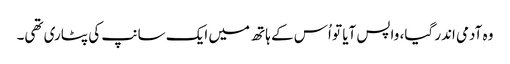
وہ آدمی اندر گیا، واپس آیا تو اُس کے ہاتھ میں ایک سانپ کی پٹاری تھی۔